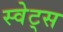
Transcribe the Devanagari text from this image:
स्वेट्स